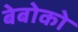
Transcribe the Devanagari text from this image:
बेबोको